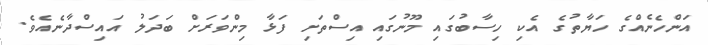
އަންހެނެއްގެ ހަޔާތުގެ އެކި ހިސާބުގައި މޫނުގައި އިސްތަށި ފަޅާ މިންވަރަށް ބަދަލު އައިސްދާނެއެވެ.